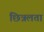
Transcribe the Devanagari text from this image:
छिन्नलता